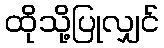
ထိုသို့ပြုလျှင်